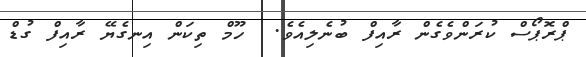
ޕްރޮޕޯސް ކުރަންވެގެން ރާއިފް ބުނެލިއެވެ.  ހޫމް ތިކަން އިނގެޔޭ ރާއިފް ގުޑް